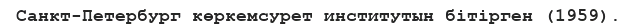
Санкт-Петербург көркемсурет институтын бітірген (1959).